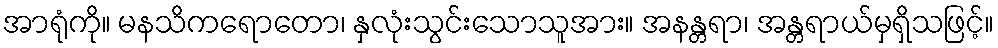
အာရုံကို။ မနသိကရောတော၊ နှလုံးသွင်းသောသူအား။ အနန္တရာ၊ အန္တရာယ်မှရှိသဖြင့်။